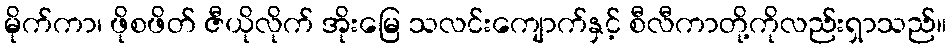
မိုက်ကာ၊ ဖိုစဖိတ် ဇီယိုလိုက် အိုးမြေ သလင်းကျောက်နှင့် စီလီကာတို့ကိုလည်းရှာသည်။